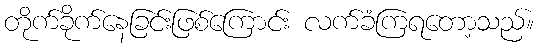
တိုက်ခိုက်နေခြင်းဖြစ်ကြောင်း လက်ခံကြရတော့သည်။